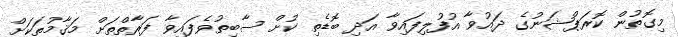
މިގޮތުން ކޮރަޕްޝަނުގެ ދައުވާ އުފުލިފައިވާ އަދި ބޮޑެތި ކުށް ސާބިތުވެފައިވާ ފަރާތްތަށް މަޤާމުތަކަށް